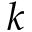
k